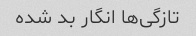
تازگی‌ها انگار بد شده